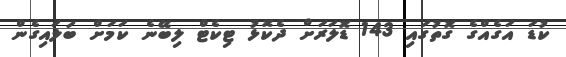
ކުޑަ އަގެއްގެ ގޮތުގައި 143 ޑޮލަރަށް ދެކޮޅު ޓިކެޓް ލިބޭނެ ކަމަށް ބަލައިގެން